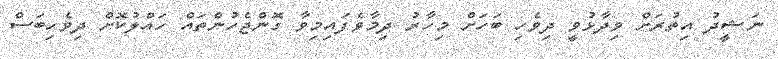
ނަޝީދު އިތުރަށް ވިދާޅުވީ ދިވެހި ބަހަށް މިހާރު ދިމާވެފައިމިވާ ގޮންޖެހުންތައް ހައްލުކޮށް ދިވެހިބަސް